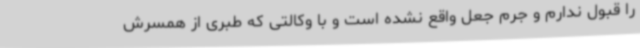
را قبول ندارم و جرم جعل واقع نشده است و با وکالتی که طبری از همسرش